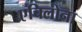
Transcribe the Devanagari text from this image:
एचिलोना